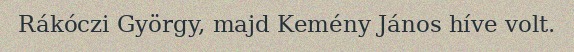
Rákóczi György, majd Kemény János híve volt.